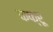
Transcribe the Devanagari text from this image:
कफ्रू